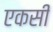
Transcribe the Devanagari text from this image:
एकसी